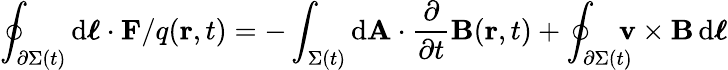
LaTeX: \oint_{\partial\Sigma(t)}\mathrm{d}{\boldsymbol{\ell}}\cdot\mathbf{F}/q(\mathbf{r},t)=-\int_{\Sigma(t)}\mathrm{d}\mathbf{A}\cdot{\frac{\partial}{\partial t}}\mathbf{B}(\mathbf{r},t)+\oint_{\partial\Sigma(t)}\! \! \! \! \mathbf{v}\times\mathbf{B}\, \mathrm{d}{\boldsymbol{\ell}}